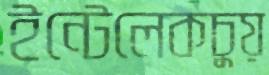
ইন্টেলেকচুয়